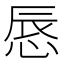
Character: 𢛚